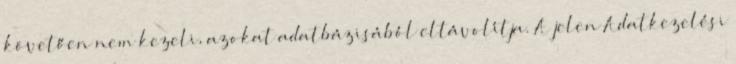
követően nem kezeli, azokat adatbázisából eltávolítja. A jelen Adatkezelési